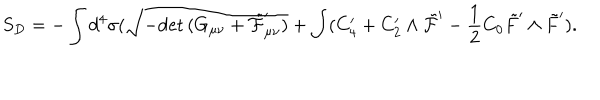
S _ { D } = - \int d ^ { 4 } \sigma ( \sqrt { - \mathrm { d e t } \, ( G _ { \mu \nu } + \tilde { \cal F } _ { \mu \nu } ^ { \prime } ) } + \int ( C _ { 4 } ^ { \prime } + C _ { 2 } ^ { \prime } \wedge \tilde { \cal F } ^ { \prime } - \frac { 1 } { 2 } C _ { 0 } \tilde { F } ^ { \prime } \wedge \tilde { F } ^ { \prime } ) .